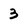
Character: 3